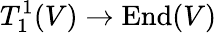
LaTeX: T_{1}^{1}(V)\to\mathrm{End}(V)